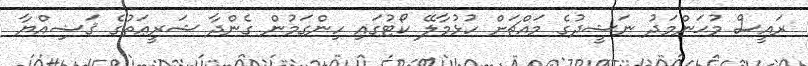
ރައީސް މުޙަންމަދު ނަޝީދުގެ މައްޗަށް ހުޅުމާލޭ ކޯޓުގައި ހިންގަމުން ގެންދާ ޝަރީޢަތުގެ ޤަޟިއްޔާ